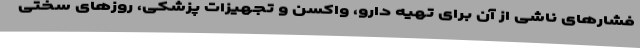
فشارهای ناشی از آن برای تهیه دارو، واکسن و تجهیزات پزشکی، روزهای سختی